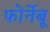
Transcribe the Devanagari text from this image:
फोर्नेबू